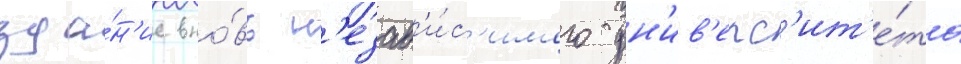
зда́н'ие вно́вь н'езав'и́с'имого ун'ив'ерс'ит'е́та